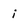
Character: i